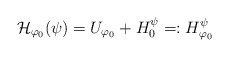
\begin{align*}\mathcal{H}_{\varphi_0}(\psi)=U_{\varphi_0}+H^{\psi}_0 =:H_{\varphi_0}^{\psi} \end{align*}